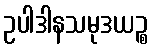
ဥပါဒါနသမုဒယဉ္စ